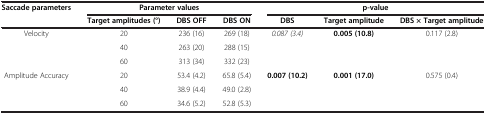
| Saccade parameters | <COLSPAN=3> Parameter values | <COLSPAN=3> p-value |
 |  | Target amplitudes (°) | DBS OFF | DBS ON | DBS | Target amplitude | DBS × Target amplitude |
 | --- | --- | --- | --- | --- | --- | --- |
 | Velocity | 20 | 236 (16) | 269 (18) | 0.087 (3.4) | 0.005 (10.8) | 0.117 (2.8) |
 |  | 40 | 263 (20) | 288 (15) |  |  |  |
 |  | 60 | 313 (34) | 332 (23) |  |  |  |
 | Amplitude Accuracy | 20 | 53.4 (4.2) | 65.8 (5.4) | 0.007 (10.2) | 0.001 (17.0) | 0.575 (0.4) |
 |  | 40 | 38.9 (4.4) | 49.0 (2.8) |  |  |  |
 |  | 60 | 34.6 (5.2) | 52.8 (5.3) |  |  |  |